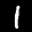
Label: 1